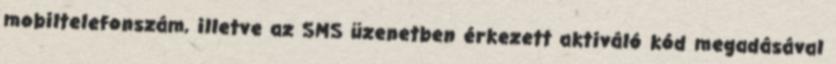
mobiltelefonszám, illetve az SMS üzenetben érkezett aktiváló kód megadásával